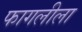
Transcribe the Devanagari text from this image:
फागलीला